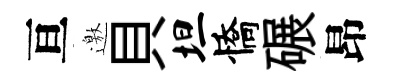
亘邀貝坦憍碾昂